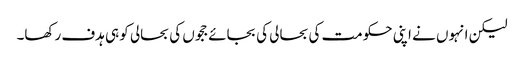
لیکن انہوں نے اپنی حکومت کی بحالی کی بجائے ججوں کی بحالی کو ہی ہدف رکھا۔